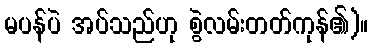
မပန်ပဲ အပ်သည်ဟု စွဲလမ်းတတ်ကုန်၏)။